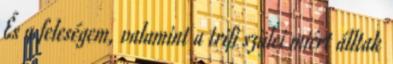
És a feleségem, valamint a trifi szülei miért álltak